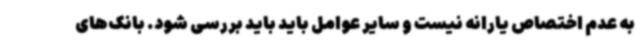
به عدم اختصاص یارانه نیست و سایر عوامل باید باید بررسی شود. بانک‌های